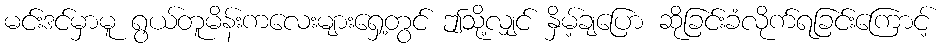
မင်းဒင်မှာမူ ရွယ်တူမိန်းကလေးများရှေ့တွင် ဤသို့လျှင် နှိမ့်ချပြော ဆိုခြင်းခံလိုက်ရခြင်းကြောင့်